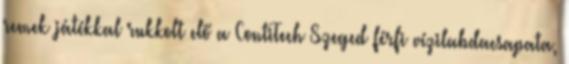
remek játékkal rukkolt elő a ContiTech Szeged férfi vízilabdacsapata,